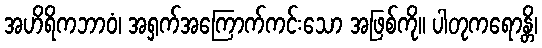
အဟိရိကဘာဝံ၊ အရှက်အကြောက်ကင်းသော အဖြစ်ကို။ ပါတုကရောန္တိ၊